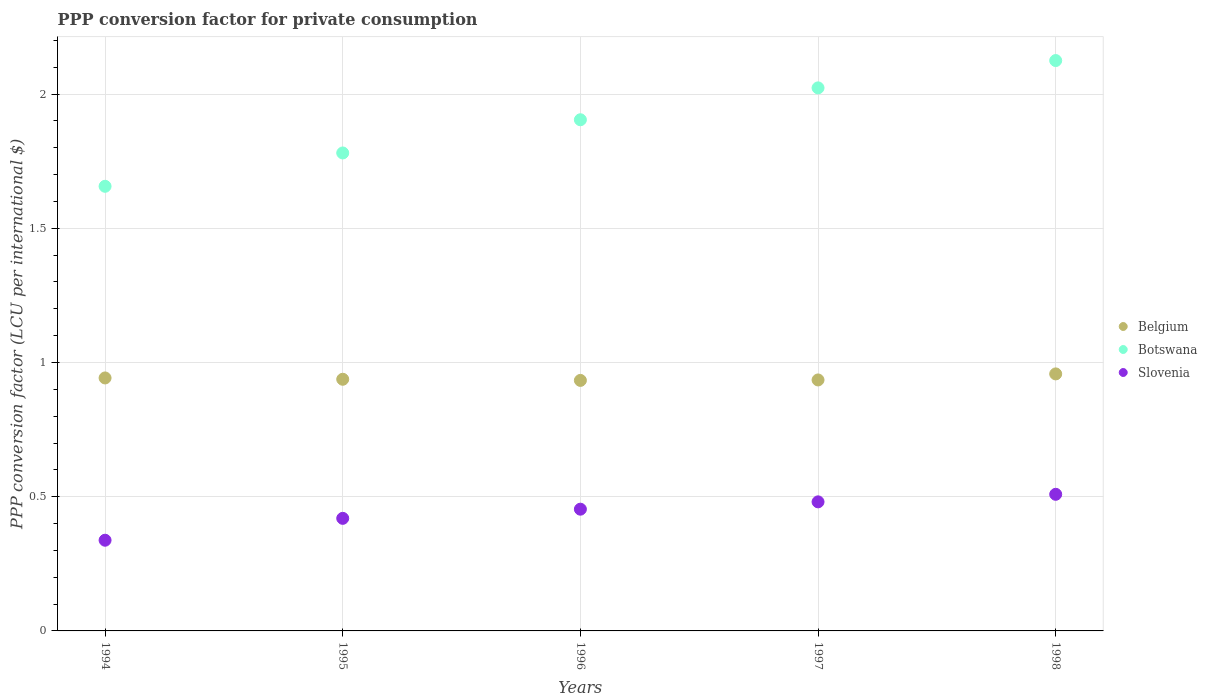
| Years | Belgium | Botswana | Slovenia |
 | --- | --- | --- | --- |
 | 1994 | 0.942 | 1.66 | 0.338 |
 | 1995 | 0.938 | 1.78 | 0.419 |
 | 1996 | 0.933 | 1.9 | 0.454 |
 | 1997 | 0.935 | 2.02 | 0.481 |
 | 1998 | 0.957 | 2.12 | 0.509 |